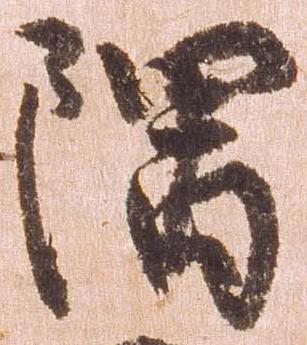
隈